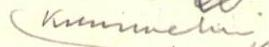
kuunnelma